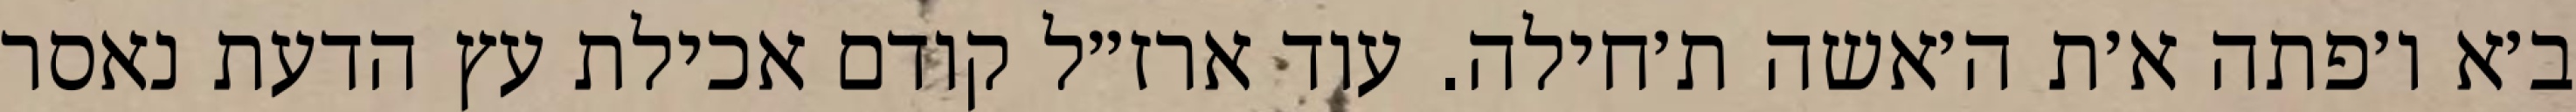
ב׳א ו׳פתה א׳ת ה׳אשה ת׳חילה. עוד ארז״ל קודם אכילת עץ הדעת נאסר